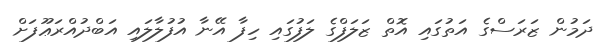
ދަމުން ޒަރަސްގެ އަތުގައި އޮތް ޒަލަފްގެ ލަފުގައި ހިފާ އޭނާ އުފުލާލައި އަބްދުއްރަޢޫފަށް